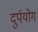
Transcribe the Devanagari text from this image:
दुर्पयोग